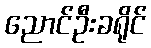
ညောင်ဦးခရိုင်